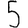
Digit: 5